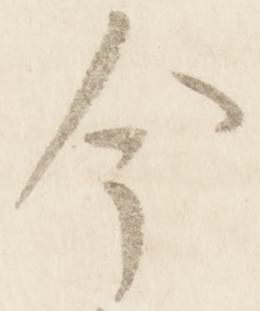
今